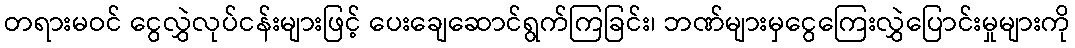
တရားမဝင် ငွေလွှဲလုပ်ငန်းများဖြင့် ပေးချေဆောင်ရွက်ကြခြင်း၊ ဘဏ်များမှငွေကြေးလွှဲပြောင်းမှုများကို